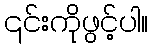
၎င်းကိုဖွင့်ပါ။